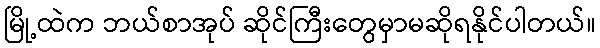
မြို့ထဲက ဘယ်စာအုပ် ဆိုင်ကြီးတွေမှာမဆိုရနိုင်ပါတယ်။